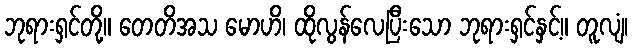
ဘုရားရှင်တို့။ တေတိအသ မောဟိ၊ ထိုလွန်လေပြီးသော ဘုရားရှင်နှင့်။ တူလျံ၊